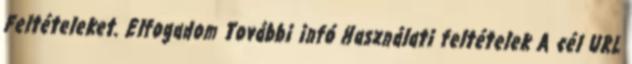
Feltételeket. Elfogadom További infó Használati feltételek A cél URL